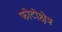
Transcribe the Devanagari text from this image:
फोटोक्षेत्र